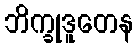
ဘိက္ခုဒူတေန